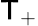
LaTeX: \mathsf{T}_{+}